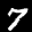
Label: 7